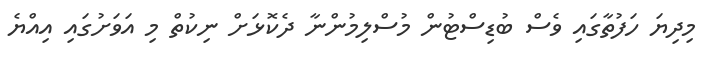
މިދިޔަ ހަފުތާގައި ވެސް ބުޑިސްޓުން މުސްލިމުންނާ ދެކޮޅަށް ނިކުތް މި އަވަށުގައި އިއްޔެ